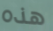
هذه